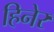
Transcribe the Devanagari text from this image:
हिनेर